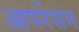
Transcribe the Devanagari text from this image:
आपरेसन